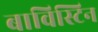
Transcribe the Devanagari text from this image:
बाविस्टिन